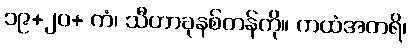
၁၉+၂၀+ ကံ၊ သီဟာခုနစ်တန်ကို။ ကထံအတရိ၊